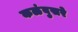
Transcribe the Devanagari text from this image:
कळंबुसरे